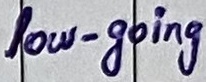
Text: low-going